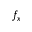
f _ { x }